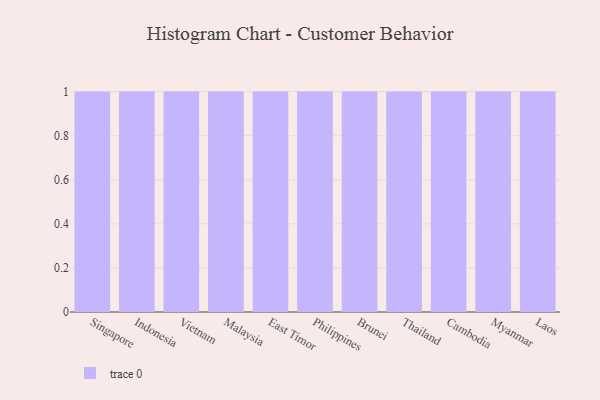
{"axis": {"x": "Country", "y": "Conversion Rate (%)"}, "legend": [""], "data": [{"x": "Singapore", "y": 85, "type": ""}, {"x": "Indonesia", "y": 60, "type": ""}, {"x": "Vietnam", "y": 18, "type": ""}, {"x": "Malaysia", "y": 1, "type": ""}, {"x": "East Timor", "y": 24, "type": ""}, {"x": "Philippines", "y": 34, "type": ""}, {"x": "Brunei", "y": 2, "type": ""}, {"x": "Thailand", "y": 14, "type": ""}, {"x": "Cambodia", "y": 17, "type": ""}, {"x": "Myanmar", "y": 61, "type": ""}, {"x": "Laos", "y": 48, "type": ""}]}